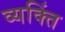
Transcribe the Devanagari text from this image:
व्यक्तिं